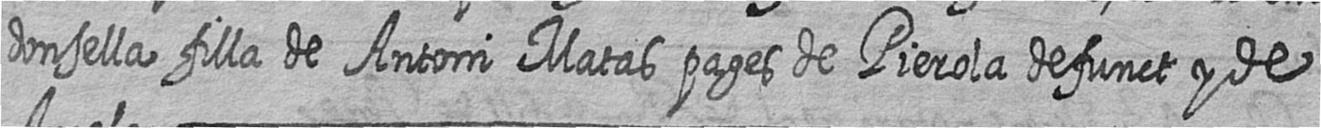
donsella filla de Antoni Matas pages de Pierola defunct y de